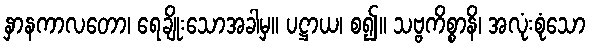
နှာနကာလတော၊ ရေချိုးသောအခါမှ။ ပဋ္ဌာယ၊ စ၍။ သဗ္ဗကိစ္စာနိ၊ အလုံးစုံသော